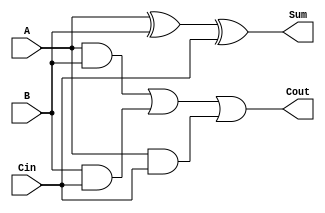
module RippleCarryFullAdder (
    input wire A,      // First input bit
    input wire B,      // Second input bit
    input wire Cin,    // Carry-in bit
    output wire Sum,   // Resulting sum bit
    output wire Cout   // Carry-out bit to the next stage
);

    // Calculate Sum using XOR logic
    assign Sum = A ^ B ^ Cin;

    // Calculate Carry-Out using OR and AND logic
    assign Cout = (A & B) | (B & Cin) | (A & Cin);

endmodule